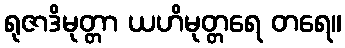
ရုဇာဒိမုတ္တာ ယဟိမုတ္တရေ တရေ။